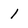
Character: 1